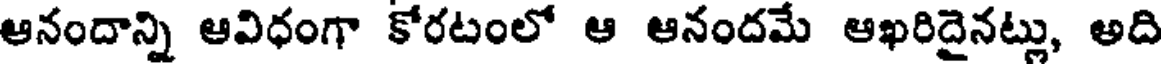
ఆనందాన్ని ఆవిధంగా కోరటంలో ఆ ఆనందమే ఆఖరిదైనట్లు, అది